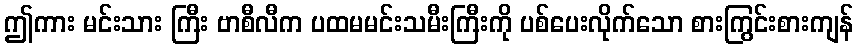
ဤကား မင်းသား ကြီး ဗာစီလီက ပထမမင်းသမီးကြီးကို ပစ်ပေးလိုက်သော စားကြွင်းစားကျန်